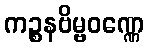
ကဉ္စနဗိမ္ဗဝဏ္ဏေ